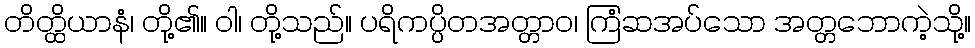
တိတ္ထိယာနံ၊ တို့၏။ ဝါ၊ တို့သည်။ ပရိကပ္ပိတအတ္တာဝ၊ ကြံဆအပ်သော အတ္တဘောကဲ့သို့။